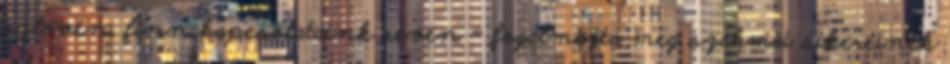
szlovén, finn kapcsolataink révén – fogalmazta meg szakmai sikereinek